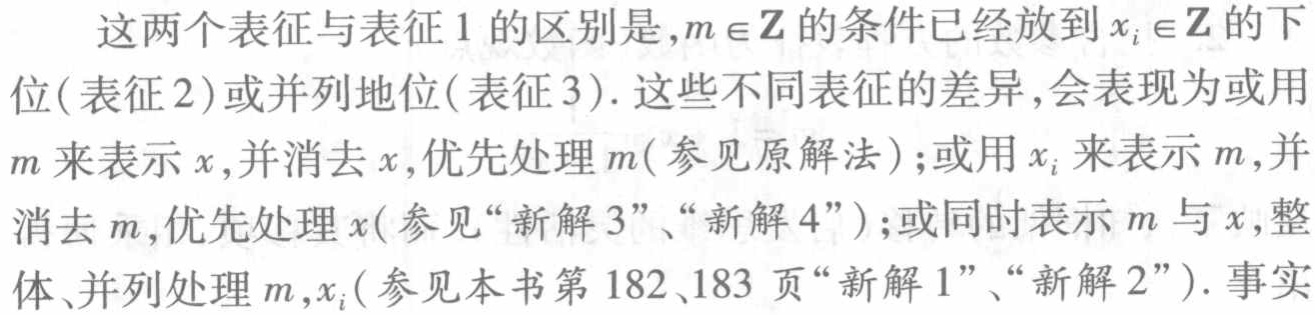
这两个表征与表征 1 的区别是,$m \in \mathbf{Z}$的条件已经放到$x_{i} \in \mathbf{Z}$的下位(表征 2)或并列地位(表征 3). 这些不同表征的差异,会表现为或用$m$来表示$x$,并消去$x$,优先处理$m$(参见原解法);或用$x_{i}$来表示$m$,并消去$m$,优先处理$x$(参见“新解 3”、“新解 4”);或同时表示$m$与$x$,整体、并列处理$m,x_{i}$(参见本书第 182、183 页“新解 1”、“新解 2”). 事实